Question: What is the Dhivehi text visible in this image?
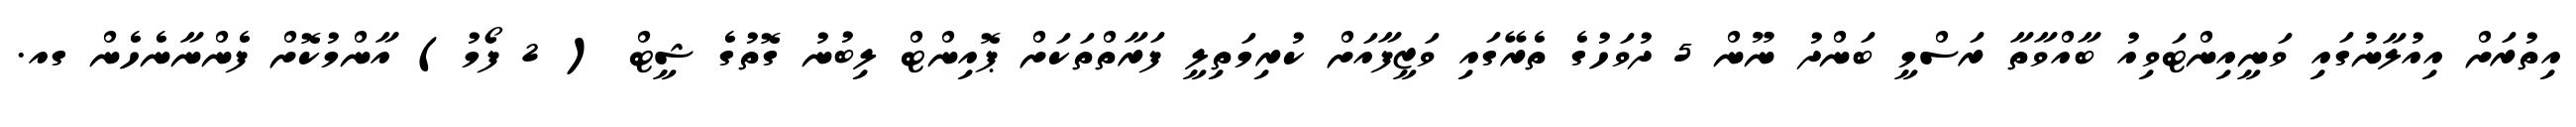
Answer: އިތުރަށް އިއުލާނުގައި ވަނީއިންޓަވިއު ބާއްވާތާ ރަސްމީ ބަންދު ނޫން 5 ދުވަހުގެ ތެރޭގައި ވަޒީފާއަށް ކުރިމަތިލީ ފަރާތްތަކަށް ޕޮއިންޓް ލިބުނު ގޮތުގެ ޝީޓް ( 2 ފޯމު) އާންމުކޮށް ފެންނާނެހެން ގއ.